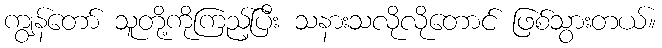
ကျွန်တော် သူတို့ကိုကြည့်ပြီး သနားသလိုလိုတောင် ဖြစ်သွားတယ်။